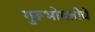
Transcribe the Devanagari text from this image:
गुरूभोवतीचे